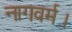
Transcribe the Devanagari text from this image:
नागवर्म।